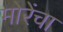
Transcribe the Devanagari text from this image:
मोरेंचा